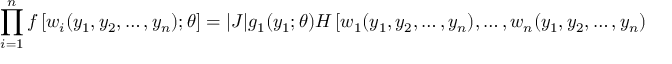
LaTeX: \prod _ { i = 1 } ^ { n } f \left[ w _ { i } ( y _ { 1 } , y _ { 2 } , \dots , y _ { n } ) ; \theta \right] = | J | g _ { 1 } ( y _ { 1 } ; \theta ) H \left[ w _ { 1 } ( y _ { 1 } , y _ { 2 } , \dots , y _ { n } ) , \dots , w _ { n } ( y _ { 1 } , y _ { 2 } , \dots , y _ { n } ) \right] .